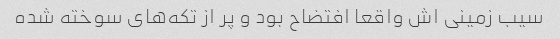
سیب زمینی اش واقعا افتضاح بود و پر از تکه‌های سوخته شده